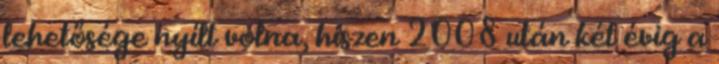
lehetősége nyílt volna, hiszen 2008 után két évig a